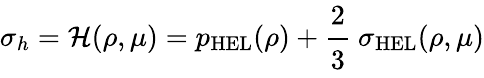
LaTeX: \sigma_{h}={\mathcal{H}}(\rho,\mu)=p_{\mathrm{{HEL}}}(\rho)+{\cfrac{2}{3}}~\sigma_{\mathrm{{HEL}}}(\rho,\mu)